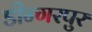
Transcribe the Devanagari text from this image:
डीन्गरपुर